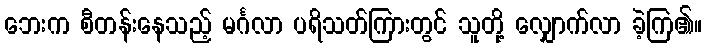
ဘေးက စီတန်းနေသည့် မင်္ဂလာ ပရိသတ်ကြားတွင် သူတို့ လျှောက်လာ ခဲ့ကြ၏။